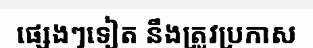
ផ្សេងៗទៀត នឹងត្រូវប្រកាស